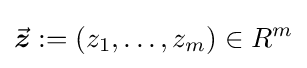
{\vec {\boldsymbol {z}}}:=(z_{1},\ldots ,z_{m})\in R^{m}